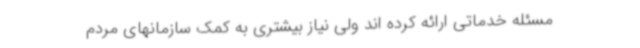
مسئله خدماتی ارائه کرده اند ولی نیاز بیشتری به کمک سازمانهای مردم